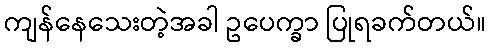
ကျန်နေသေးတဲ့အခါ ဥပေက္ခာ ပြုရခက်တယ်။